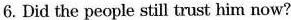
6. Did the people still trust him now?